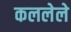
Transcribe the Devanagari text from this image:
कललेले